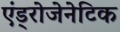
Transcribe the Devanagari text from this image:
एंड्रोजेनेटिक